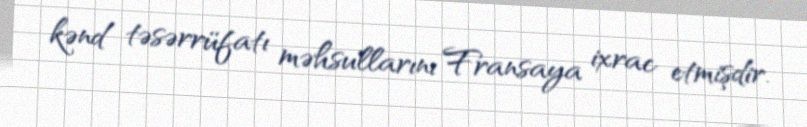
kənd təsərrüfatı məhsullarını Fransaya ixrac etmişdir.